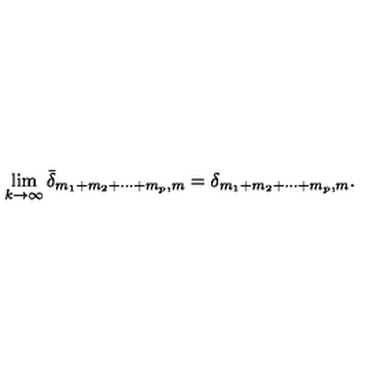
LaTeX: \lim _ { k \rightarrow \infty } { \bar { \delta } } _ { m _ { 1 } + m _ { 2 } + \cdots + m _ { p } , m } = \delta _ { m _ { 1 } + m _ { 2 } + \cdots + m _ { p } , m } .